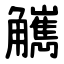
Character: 觽